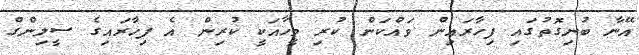
އޭނާ ބުނިގޮތުގައި ފިހާރައިން ވައްކަން ކުރި މީހާއަކީ ކުރިން އެ ފިހާރައިގެ ސީލިންގް